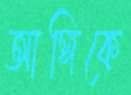
আঙ্গিকে